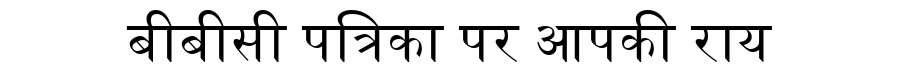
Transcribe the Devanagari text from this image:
बीबीसी पत्रिका पर आपकी राय